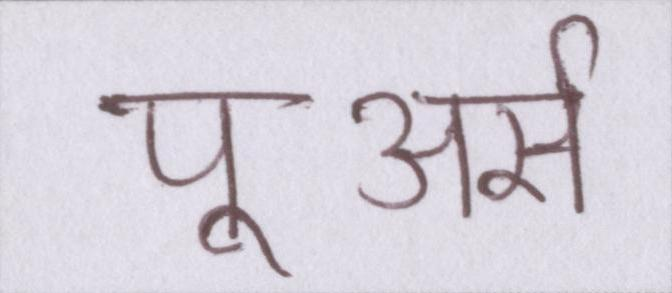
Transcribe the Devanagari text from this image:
पूअर्स